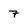
Character: 7